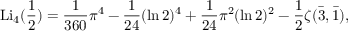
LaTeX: \operatorname { L i } _ { 4 } ( { \frac { 1 } { 2 } } ) = { \frac { 1 } { 3 6 0 } } \pi ^ { 4 } - { \frac { 1 } { 2 4 } } ( \ln 2 ) ^ { 4 } + { \frac { 1 } { 2 4 } } \pi ^ { 2 } ( \ln 2 ) ^ { 2 } - { \frac { 1 } { 2 } } \zeta ( { \bar { 3 } } , { \bar { 1 } } ) ,